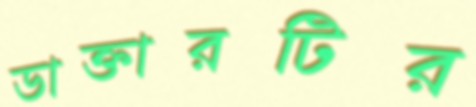
ডাক্তারটির